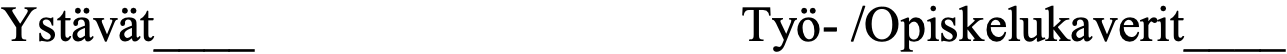
Ystävät____              Työ- /Opiskelukaverit____